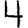
Digit: 4